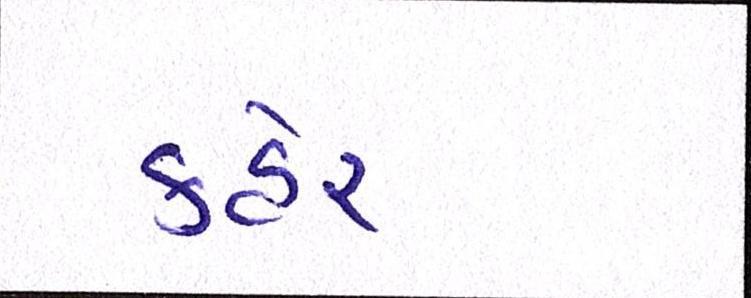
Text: કહેર